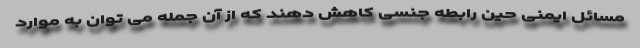
مسائل ایمنی حین رابطه جنسی کاهش دهند که از آن جمله می توان به موارد